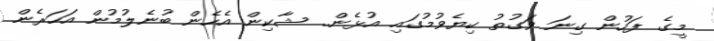
މީގެ ފަހުން ގިނަ ވަގުތު ކިޔެވުމުގައި އުޅެން.. ޝާކިން އެހެން ބުނެލުމުން އަހަރެން